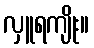
လှူရကျိုး။